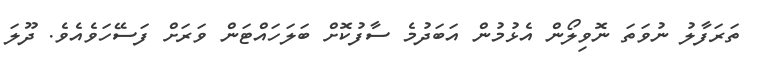
ތަރަފާލު ނުވަތަ ނޮވިލޯން އެޅުމުން އަބަދުމެ ސާފުކޮށް ބަލަހައްޓަން ވަރަށް ފަސޭހަވެއެވެ. ދޫލަ